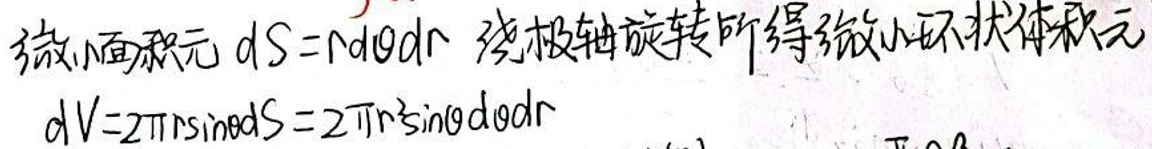
微小面积元 \(dS = r d\theta dr\) 绕极轴旋转所得微小环状体积元
\[
dV = 2\pi r\sin\theta dS = 2\pi r^{2}\sin\theta d\theta dr
\]